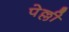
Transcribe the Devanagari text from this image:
पेल्ली